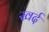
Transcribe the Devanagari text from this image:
खर्द